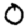
Digit: 0